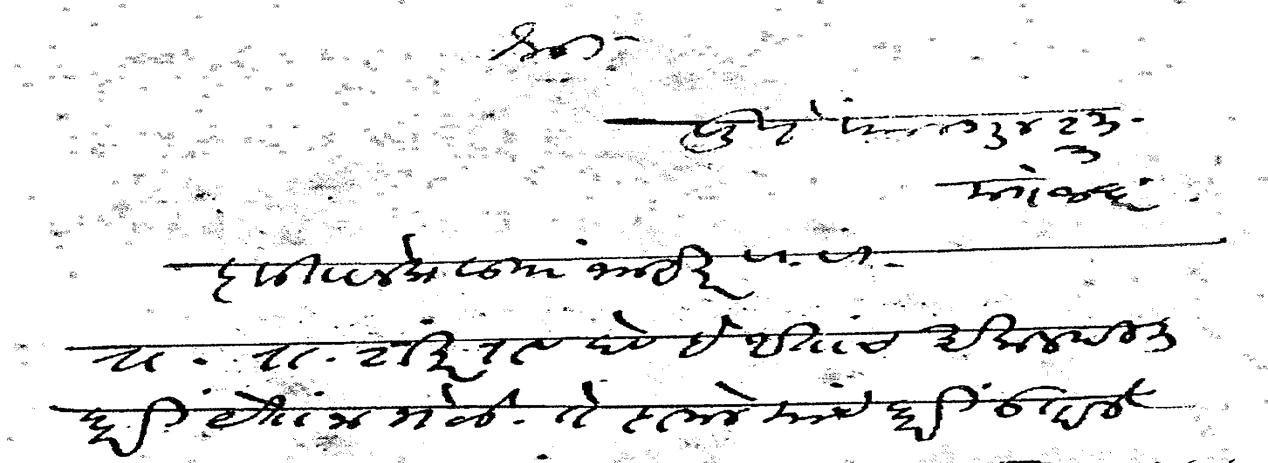
Transliteration (Devanagari): श्री पुणे फाल्गुन शु मंगळवार कृतानेक सां नमस्कार वि वि रा रा शंकरराव देव हे आताच अकल्पित घरी येताना भेटले ते दामले यांचे घरी उतरले